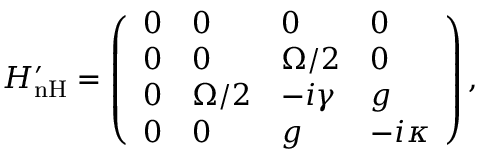
H _ { \mathrm { { n H } } } ^ { \prime } = \left( \begin{array} { l l l l } { 0 } & { 0 } & { 0 } & { 0 } \\ { 0 } & { 0 } & { \Omega / 2 } & { 0 } \\ { 0 } & { \Omega / 2 } & { - i \gamma } & { g } \\ { 0 } & { 0 } & { g } & { - i \kappa } \end{array} \right) ,